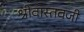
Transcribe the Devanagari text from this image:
श्रीवास्तवजी